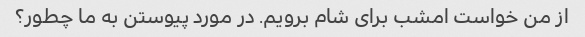
از من خواست امشب برای شام برویم. در مورد پیوستن به ما چطور؟